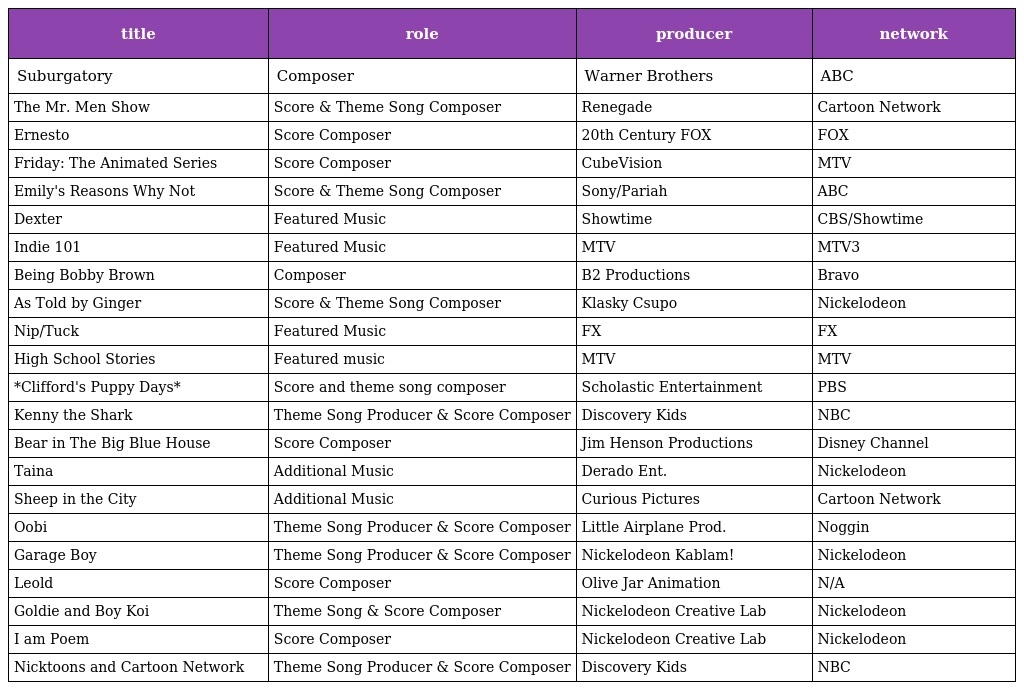
| title | role | producer | network |
 | --- | --- | --- | --- |
 | Suburgatory | Composer | Warner Brothers | ABC |
 | The Mr. Men Show | Score & Theme Song Composer | Renegade | Cartoon Network |
 | Ernesto | Score Composer | 20th Century FOX | FOX |
 | Friday: The Animated Series | Score Composer | CubeVision | MTV |
 | Emily's Reasons Why Not | Score & Theme Song Composer | Sony/Pariah | ABC |
 | Dexter | Featured Music | Showtime | CBS/Showtime |
 | Indie 101 | Featured Music | MTV | MTV3 |
 | Being Bobby Brown | Composer | B2 Productions | Bravo |
 | As Told by Ginger | Score & Theme Song Composer | Klasky Csupo | Nickelodeon |
 | Nip/Tuck | Featured Music | FX | FX |
 | High School Stories | Featured music | MTV | MTV |
 | *Clifford's Puppy Days* | Score and theme song composer | Scholastic Entertainment | PBS |
 | Kenny the Shark | Theme Song Producer & Score Composer | Discovery Kids | NBC |
 | Bear in The Big Blue House | Score Composer | Jim Henson Productions | Disney Channel |
 | Taina | Additional Music | Derado Ent. | Nickelodeon |
 | Sheep in the City | Additional Music | Curious Pictures | Cartoon Network |
 | Oobi | Theme Song Producer & Score Composer | Little Airplane Prod. | Noggin |
 | Garage Boy | Theme Song Producer & Score Composer | Nickelodeon Kablam! | Nickelodeon |
 | Leold | Score Composer | Olive Jar Animation | N/A |
 | Goldie and Boy Koi | Theme Song & Score Composer | Nickelodeon Creative Lab | Nickelodeon |
 | I am Poem | Score Composer | Nickelodeon Creative Lab | Nickelodeon |
 | Nicktoons and Cartoon Network | Theme Song Producer & Score Composer | Discovery Kids | NBC |